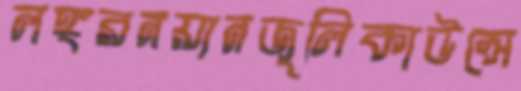
লঙ্গরনয়ানজুলিকাউন্সে